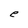
Character: e